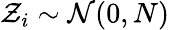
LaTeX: \mathcal{Z}_{i}\sim{\mathcal{{N}}}(0,N)\,